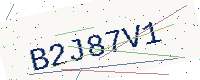
Text: B2J87V1